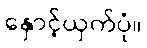
နှောင့်ယှက်ပုံ။